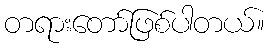
တရားတော်ဖြစ်ပါတယ်။